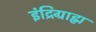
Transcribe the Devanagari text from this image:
इंद्रिग्राह्म